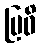
ဗြဝိ